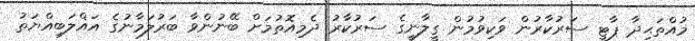
މުއްތަޙިދާ ޕާޓީ ސަރުކާރުން ވަކިވުމުން ގީލާނީގެ ސަރުކާރު ދެމިއޮތުމަށް ބޭނުންވާ ބަރުލަމާނުގެ އަޣްލަބިއްޔަތު